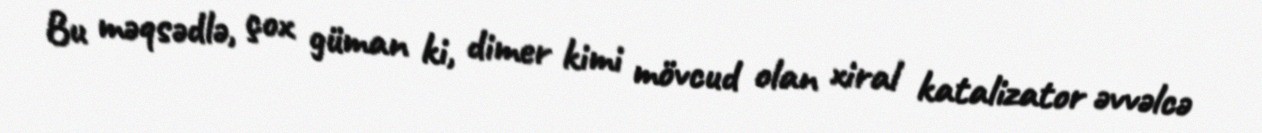
Bu məqsədlə, çox güman ki, dimer kimi mövcud olan xiral katalizator əvvəlcə